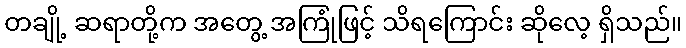
တချို့ ဆရာတို့က အတွေ့ အကြုံဖြင့် သိရကြောင်း ဆိုလေ့ ရှိသည်။